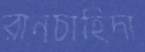
রানচাহিদা